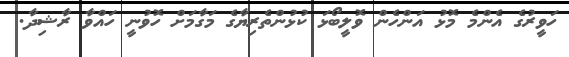
ހަވީރުގެ އެންމެ މޮޅު އަންހެން ވޮލީބޯޅަ ކުޅުންތެރިޔާގެ މަގާމަށް ހޮވުނީ ހައްވާ ރާޝިދާ.